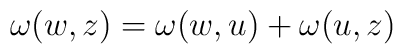
\omega (w,z)=\omega (w,u)+\omega (u,z)